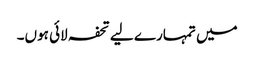
میں تمہارے لیے تحفہ لائی ہوں۔